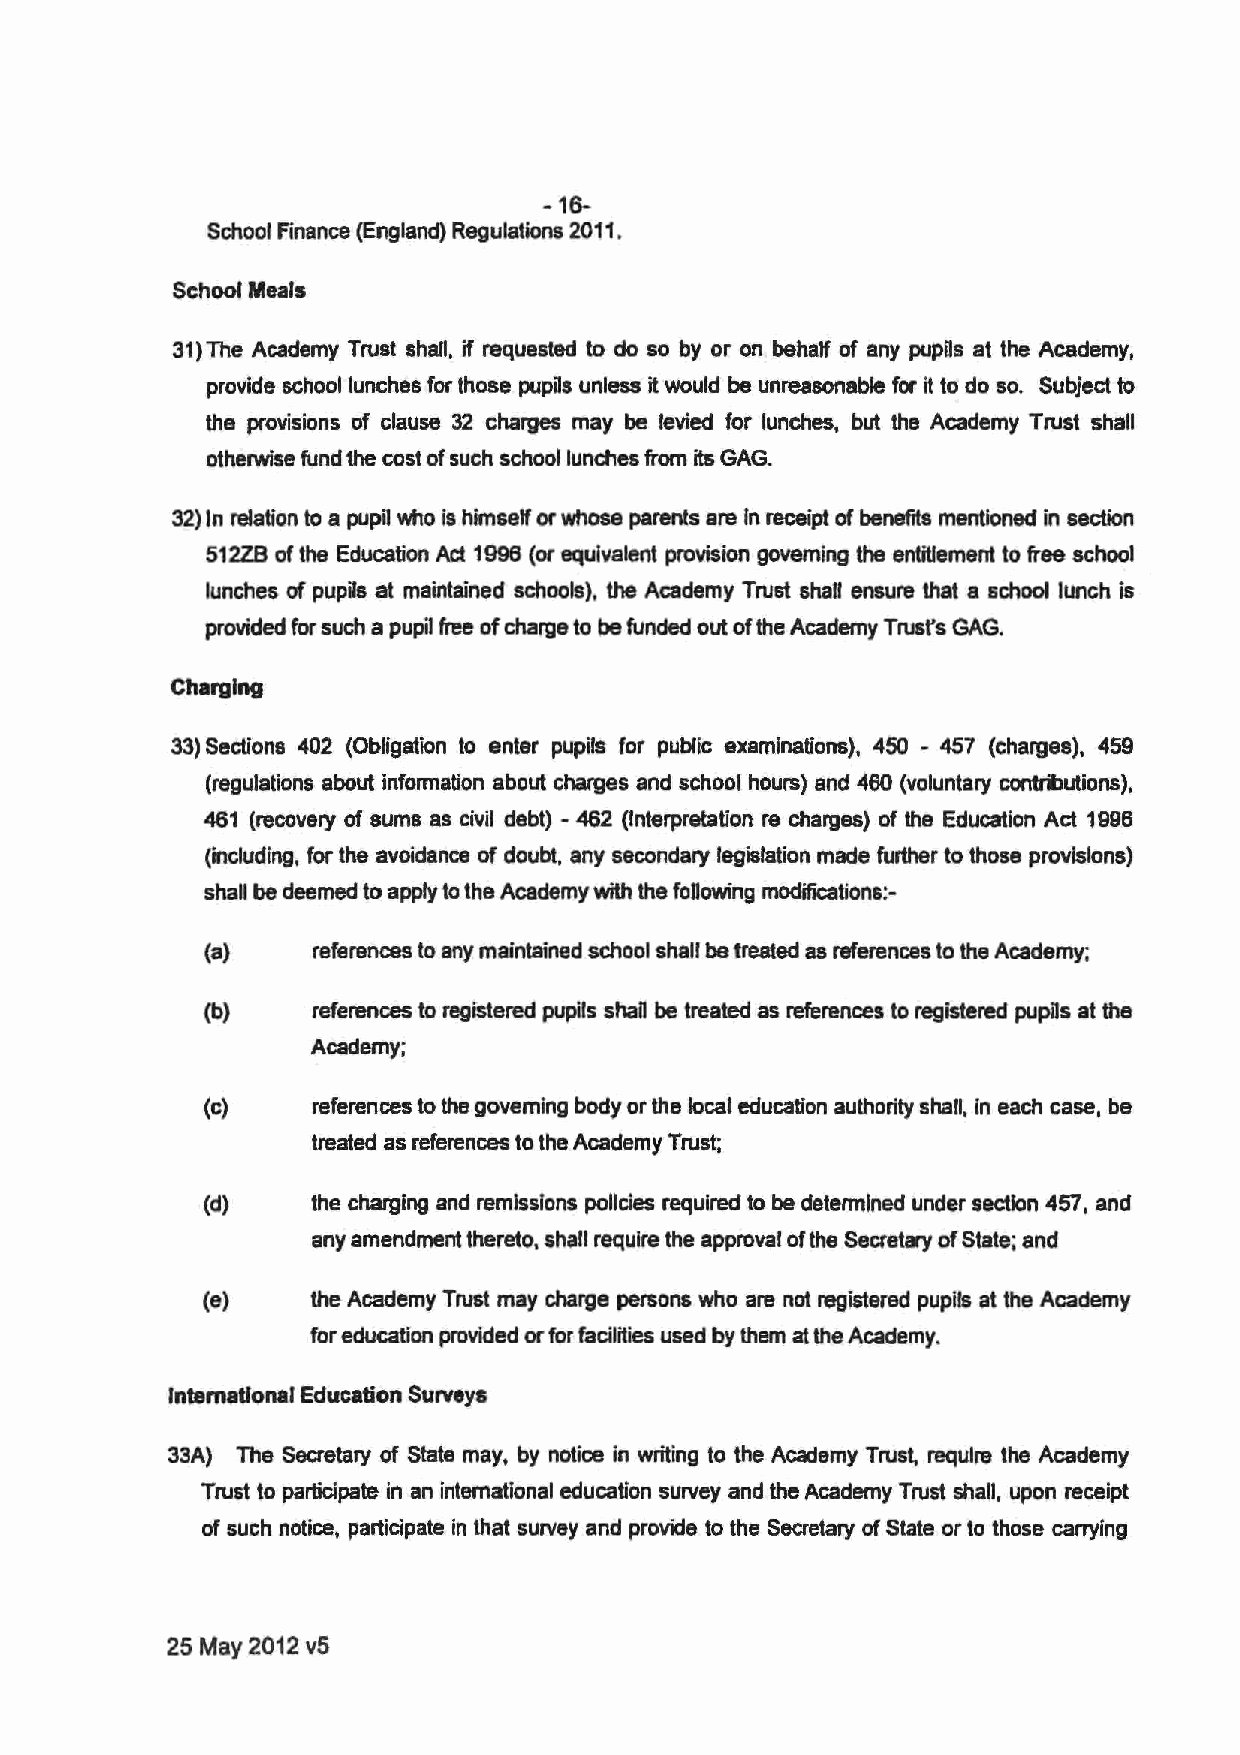
-16-
 School Finance (England) Regulations 2011.
 School Meals
 31)The Academy Trust shall, if requested to do so by or on behalf of any pupils at the Academy,
 provide school lunches for those pupils unless it would be unreasonable for it to do so. Subject to
 the provisions of clause 32 charges may be levied for lunches, but the Academy Trust shall
 otherwise fund the cost of such school lunches from its GAG.
 32) In relation to a pupil who is himself or whose parents are In receipt of benefits mentioned in section
 512ZB of the Education Ad. 1996 (or equivalent provision governing the entitlement to free school
 lunches of pupils at maintained schools), the Academy Trust shaH ensure that a school lunch is
 provided for such a pupil free of charge to be funded out of the Academy Trusfs GAG.
 Charging
 33) Sections 402 (Obligation to enter pupils for public examinations), 450 - 457 (charges), 459
 (regulations about information about charges and school hours) and 460 (voluntary contributions),
 461 (recovery of sums as civil debt) - 462 (Interpretation re charges) of the Education Act 1996
 (including, for the avoidance of doubt, any secondary legislation made further to those provisions)
 shall be deemed to apply to the Academy with the following modifications:-
 (a)    references to any maintained school shall be treated as references to the Academy;
 (b)    references to registered pupils shan be treated as references to registered pupils at the
 Academy;
 (c)    references to the governing body or the local education authority shall, in each case, be
 treated as references to the Academy Trust;
 (d)    the charging and remissions policies required to be determined under section 457, and
 any amendment thereto, shall require the approval of the Secretary of State; and
 (e)     the Academy Trust may charge persons who are not registered pupils at the Academy
 for education provided or for facilities used by them at the Academy.
 International Education Surveys
 33A) The Secretary of State may, by notice in writing to the Academy Trust, require the Academy
 Trust to participate in an international education survey and the Academy Trust shall, upon receipt
 of such notice, participate in that survey and provide to the Secretary of State or to those carrying
 25 May 2012 v5